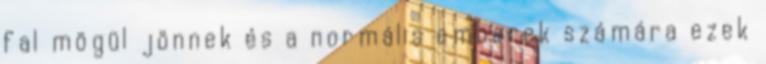
fal mögül jönnek és a normális emberek számára ezek